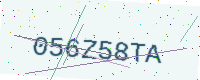
Text: 056Z58TA